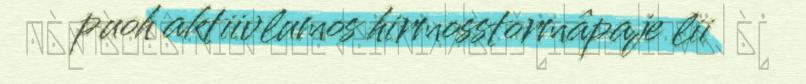
puoh aktiivlumos hirmosstormâpaje lii